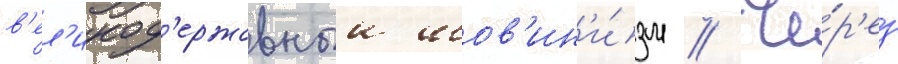
в'ел'икод'ержавныи шов'ин'и́зм // Че́р'ез